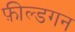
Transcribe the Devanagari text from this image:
फ़ील्डगन